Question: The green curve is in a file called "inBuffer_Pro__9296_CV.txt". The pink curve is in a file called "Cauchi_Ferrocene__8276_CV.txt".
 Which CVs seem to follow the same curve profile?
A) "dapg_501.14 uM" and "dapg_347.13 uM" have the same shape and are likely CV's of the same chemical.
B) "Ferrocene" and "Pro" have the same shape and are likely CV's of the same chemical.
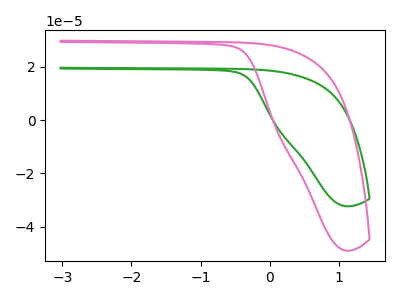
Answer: <think>The green curve "Pro" has no peaks. The pink curve "Ferrocene" has no peaks.
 Neither "Pro" or "Ferrocene" have any peaks.</think>
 <answer>B) "Ferrocene" and "Pro" have the same shape and are likely CV's of the same chemical.</answer>
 <eval>B</eval>